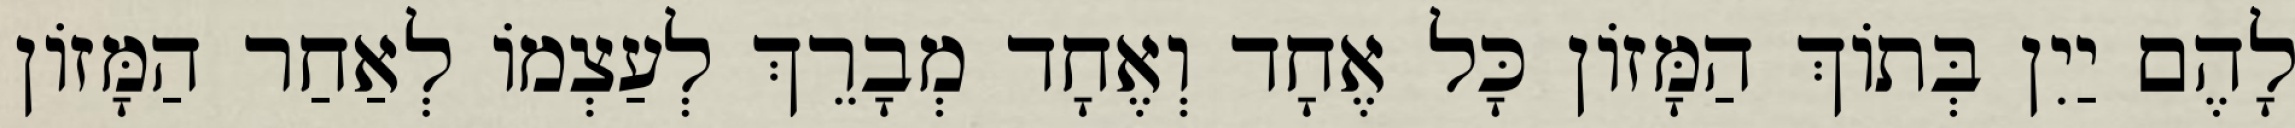
לָהֶם יַיִן בְּתוֹךְ הַמָּזוֹן כָּל אֶחָד וְאֶחָד מְבָרֵךְ לְעַצְמוֹ לְאַחַר הַמָּזוֹן